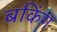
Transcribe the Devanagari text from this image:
बकिंग